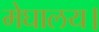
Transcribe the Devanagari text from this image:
मेघालय।